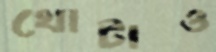
খোটাও